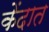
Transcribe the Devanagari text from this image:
केंदात